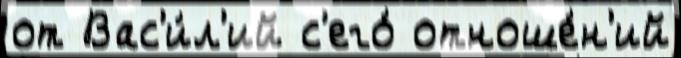
от Вас'и́л'ий с'его́ отноше́н'ий